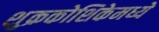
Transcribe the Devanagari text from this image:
शुक्रकोशिकेमध्ये